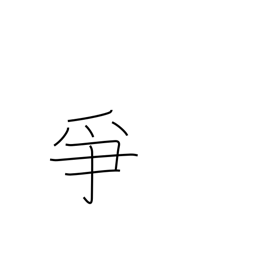
Meaning: to dispute